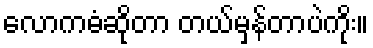
လောကဓံဆိုတာ တယ်မှန်တာပဲကိုး။